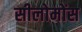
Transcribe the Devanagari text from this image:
सीलोमोंस